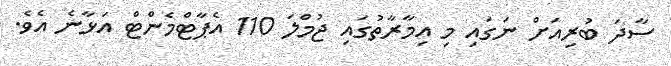
ސާދަ ބުރިއަށް ނަގައި މި އިމާރާތުގައި ޖުމްލަ 110 އެޕާޓްމެންޓް އަޅާނެ އެވެ.